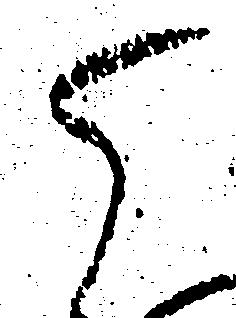
ら